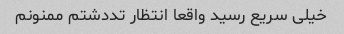
خیلی سریع رسید واقعا انتظار تددشتم ممنونم